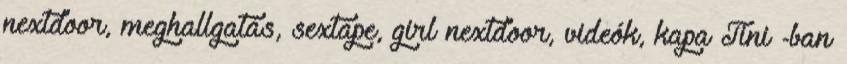
nextdoor, meghallgatás, sextape, girl nextdoor, videók, kapa Tini -ban